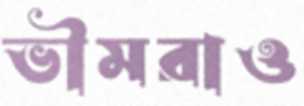
ভীমরাও